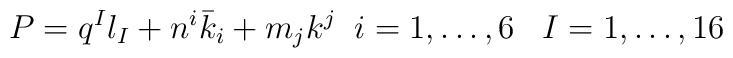
P = q^{I} l_{I}+n^{i}{\bar k}_{i}+m_{j} k^{j}\;\;i=1,\dots,6\;\;\;I=1,\dots,16